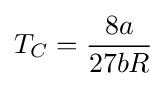
T_{C}={\frac {8a}{27bR}}